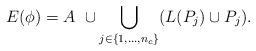
LaTeX: \begin{align*}E(\phi) = A\ \cup {\bigcup_{j\in \{1, \ldots, n_c\}}} (L(P_j)\cup P_j).\end{align*}